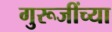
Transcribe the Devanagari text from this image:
गुरूजींच्या